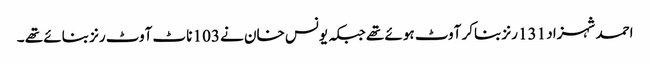
احمد شہزاد 131 رنز بناکر آوٹ ہوئے تھے جبکہ یونس خان نے 103 ناٹ آوٹ رنز بنائے تھے ۔